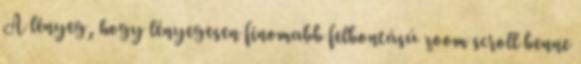
A lényeg, hogy lényegesen finomabb felbontású zoom scroll benne